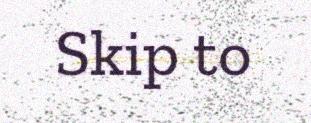
Skip to